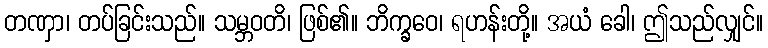
တဏှာ၊ တပ်ခြင်းသည်။ သမ္ဘဝတိ၊ ဖြစ်၏။ ဘိက္ခဝေ၊ ရဟန်းတို့။ အယံ ခေါ၊ ဤသည်လျှင်။